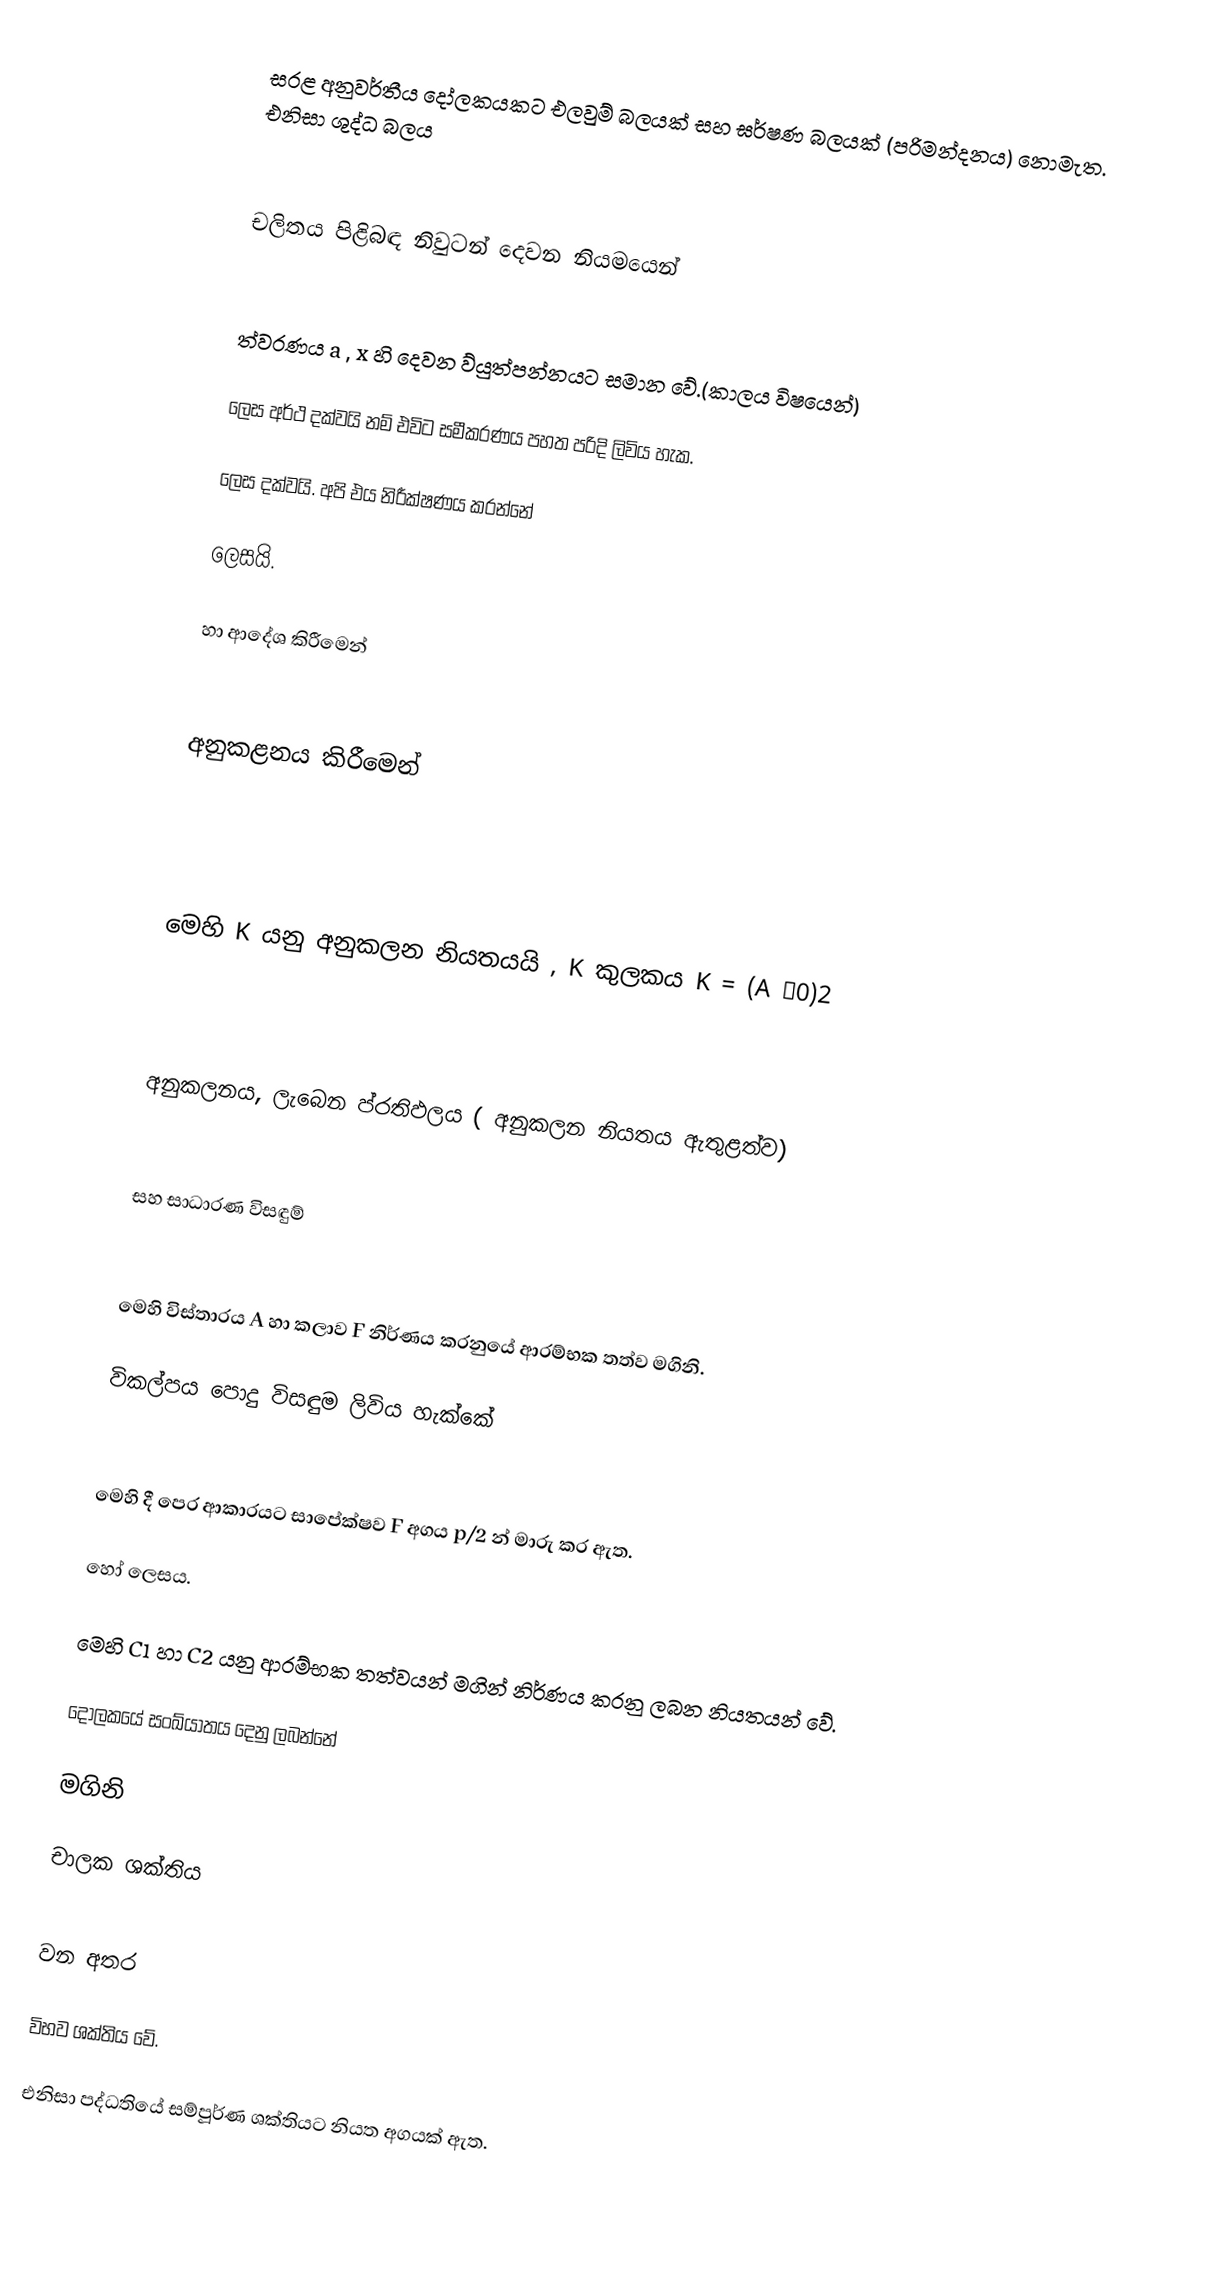
සරළ අනුවර්තීය දෝලකයකට එලවුම් බලයක් සහ ඝර්ෂණ බලයක් (පරිමන්දනය) නොමැත. එනිසා ශුද්ධ බලය

චලිතය පිළිබඳ නිවුටන් දෙවන නියමයෙන්

ත්වරණය  a  , x හි දෙවන ව්යුත්පන්නයට සමාන වේ.(කාලය විෂයෙන්)

   ලෙස අර්ථ දක්වයි නම් එවිට සමීකරණය පහත පරිදි ලිවිය හැක.

  	ලෙස දක්වයි. අපි එය නිරීක්ෂණය කරන්නේ

    ලෙසයි.

       හා ආදේශ කිරීමෙන්

අනුකළනය කිරීමෙන්

මෙහි K  යනු අනුකලන නියතයයි , K කුලකය  K = (A ω0)2

අනුකලනය, ලැබෙන ප්රතිඵලය ( අනුකලන නියතය ඇතුළත්ව)

සහ සාධාරණ විසඳුම්

මෙහි විස්තාරය A හා කලාව F  නිර්ණය කරනුයේ ආරම්භක තත්ව මගිනි.

විකල්පය පොදු විසඳුම ලිවිය හැක්කේ

මෙහි දී පෙර ආකාරයට සාපේක්ෂව F අගය p/2 න් මාරු කර ඇත.

හෝ 	 	ලෙසය.

මෙහි C­1  හා  C2  යනු ආරම්භක තත්වයන් මගින් නිර්ණය කරනු ලබන නියතයන් වේ.

දෝලකයේ සංඛ්යාතය දෙනු ලබන්නේ

 	මගිනි

චාලක ශක්තිය

වන අතර

විභව ශක්තිය 	     වේ.

එනිසා පද්ධතියේ සම්පූර්ණ ශක්තියට නියත අගයක් ඇත.